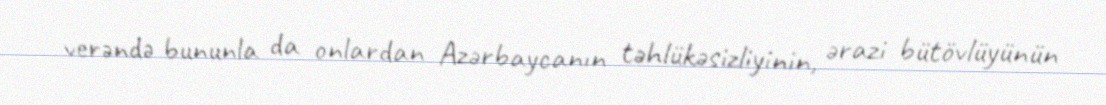
verəndə bununla da onlardan Azərbaycanın təhlükəsizliyinin, ərazi bütövlüyünün